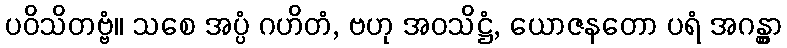
ပဝိသိတဗ္ဗံ။ သစေ အပ္ပံ ဂဟိတံ, ဗဟု အဝသိဋ္ဌံ, ယောဇနတော ပရံ အဂန္တွာ